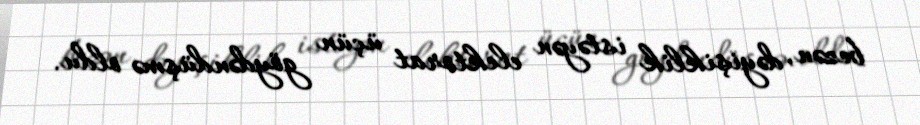
bezən, dəyişiklik istəyən elektorat üçün göydəndüşmə oldu.